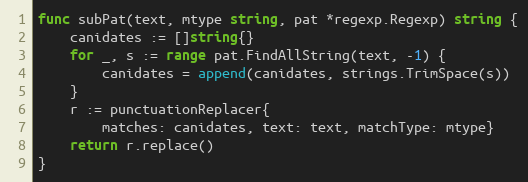
Language: Go
func subPat(text, mtype string, pat *regexp.Regexp) string {
	canidates := []string{}
	for _, s := range pat.FindAllString(text, -1) {
		canidates = append(canidates, strings.TrimSpace(s))
	}
	r := punctuationReplacer{
		matches: canidates, text: text, matchType: mtype}
	return r.replace()
}